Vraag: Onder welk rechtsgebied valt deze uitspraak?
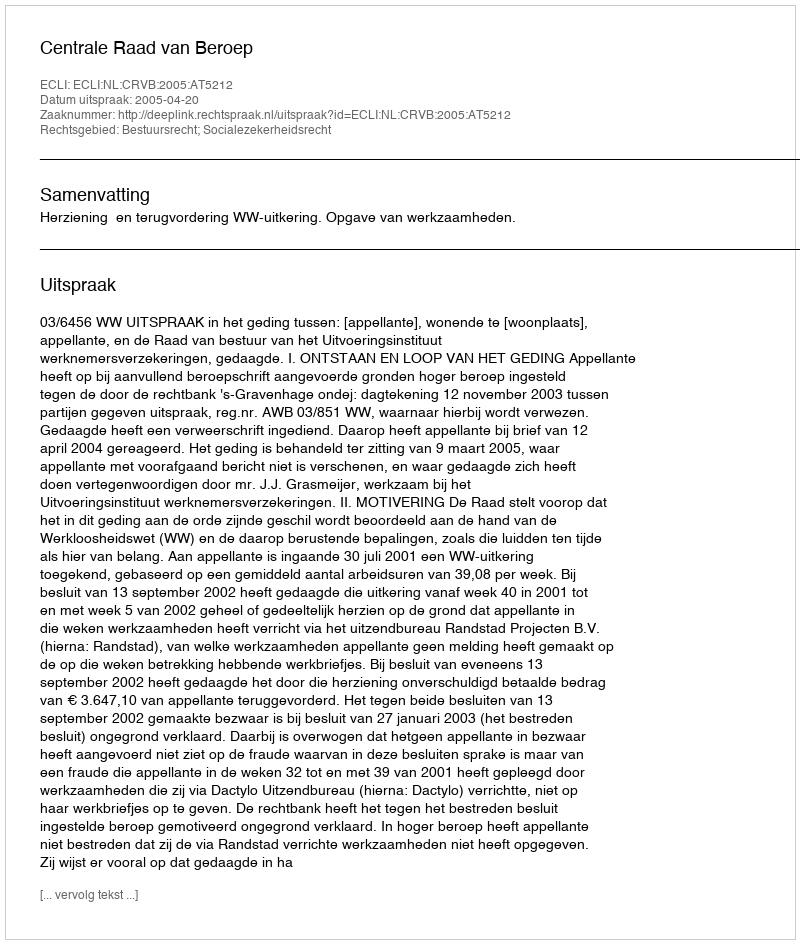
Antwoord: Bestuursrecht; Socialezekerheidsrecht